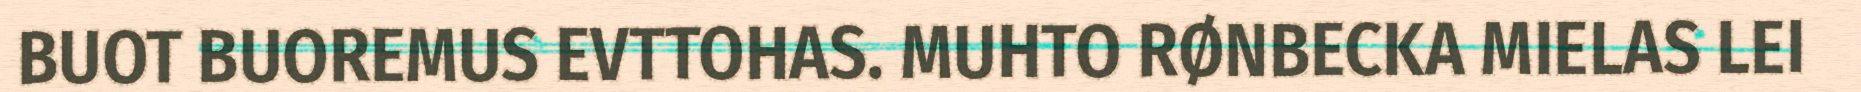
BUOT BUOREMUS EVTTOHAS. MUHTO RØNBECKA MIELAS LEI